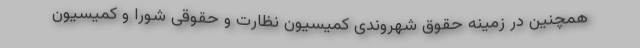
همچنین در زمینه حقوق شهروندی کمیسیون نظارت و حقوقی شورا و کمیسیون